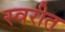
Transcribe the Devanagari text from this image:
स्वरीत